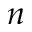
n